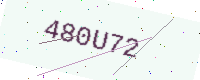
Text: 480U72